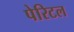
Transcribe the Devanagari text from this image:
पेरिटल